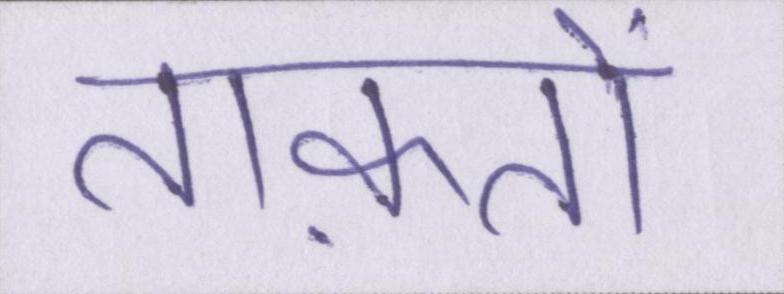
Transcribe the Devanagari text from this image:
ताक़तों